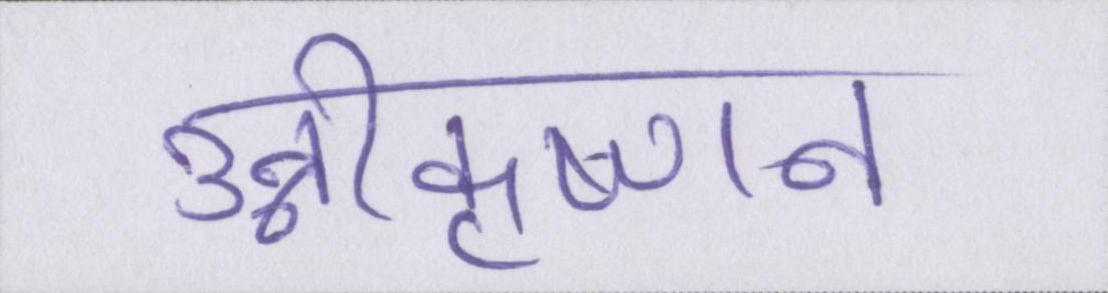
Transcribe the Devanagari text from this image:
उन्नीकृष्णन